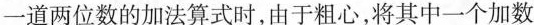
一道两位数的加法算式时，由于粗心，将其中一个加数